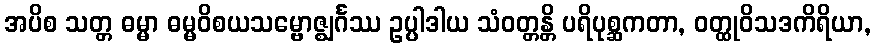
အပိစ သတ္တ ဓမ္မာ ဓမ္မဝိစယသမ္ဗောဇ္ဈင်္ဂဿ ဥပ္ပါဒါယ သံဝတ္တန္တိ ပရိပုစ္ဆကတာ, ဝတ္ထုဝိသဒကိရိယာ,